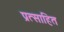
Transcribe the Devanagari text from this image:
प्रत्साहित